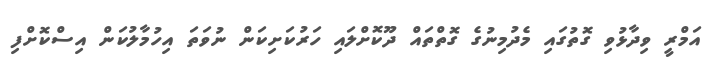
އަމްރީ ވިދާޅުވި ގޮތުގައި މެދުމިނުގެ ގޮތްތައް ދޫކޮށްލައި ހަރުކަށިކަން ނުވަތަ އިހުމާލުކަން އިސްކޮށްފި